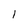
Character: l